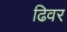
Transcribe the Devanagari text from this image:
ढिवर